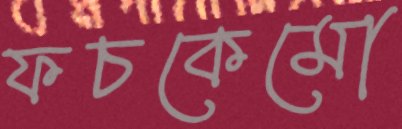
ফচকেমো